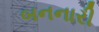
બનનારી